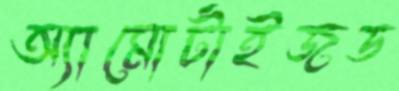
অ্যামোর্টাইজড